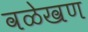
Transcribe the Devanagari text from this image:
वळेखण